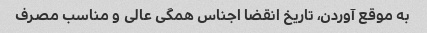
به موقع آوردن، تاریخ انقضا اجناس همگی عالی و مناسب مصرف